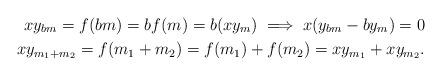
LaTeX: \begin{align*}xy_{bm} = f(bm)=bf(m)=b(xy_m)\implies x(y_{bm}-by_m)=0 \\xy_{m_1+m_2}=f(m_1+m_2)=f(m_1)+f(m_2)=xy_{m_1}+xy_{m_2}.\end{align*}